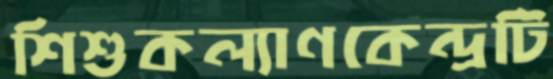
শিশুকল্যাণকেন্দ্রটি